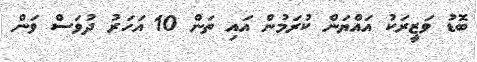
ބޮޑު ވަޒީރަކު އައްޔަން ކުރަމުން އައި ތަން 10 އަހަރު ދުވަސް ވަން